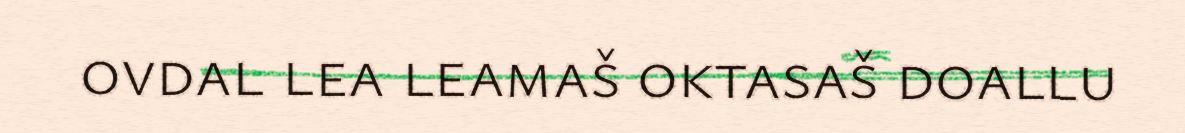
ovdal lea leamaš oktasaš doallu